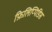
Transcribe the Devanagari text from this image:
फ़िलिप्पिडिस